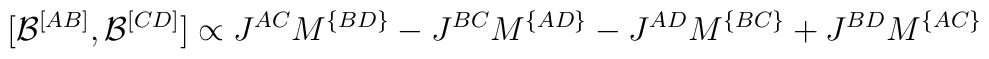
[{\cal B}^{[AB]},{\cal B}^{[CD]}]\propto J^{AC}M^{\{BD\}}-                    J^{BC}M^{\{AD\}}-                    J^{AD}M^{\{BC\}}+                    J^{BD}M^{\{AC\}}